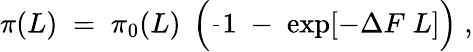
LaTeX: \pi(L)\; =\; \pi_{0}(L)\; \left(\frac{}{}1\; -\; \exp[-\Delta F\; L]\right)\; ,